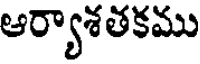
ఆర్యాశతకము